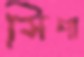
সিপা